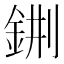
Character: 𨦕